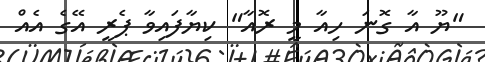
"ޔޫ އާ ގޮނަ ހިއާ މީ ރޮއާ" ކިޔާފައިވާ ޕެރީ އޭގެ އެއް